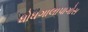
ધોધગાલાપાગોસ